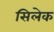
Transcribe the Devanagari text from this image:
सिलेक